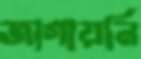
জাগায়নি